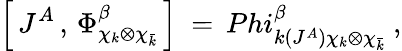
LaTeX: \left[\, J^{A}\, ,\, \Phi_{\chi_{k}\otimes\chi_{\bar{k}}}^{\beta}\, \right]\ =\, Phi_{k(J^{A})\chi_{k}\otimes\chi_{\bar{k}}}^{\beta}\ ,